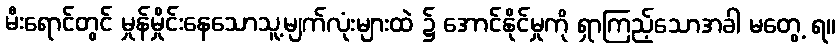
မီးရောင်တွင် မှုန်မှိုင်းနေသောသူ့မျက်လုံးများထဲ ၌ အောင်နိုင်မှုကို ရှာကြည့်သောအခါ မတွေ့ ရ။